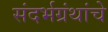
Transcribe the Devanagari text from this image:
संदर्भग्रंथांचे